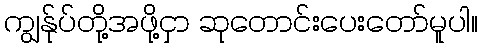
ကျွန်ုပ်တို့အဖို့ငှာ ဆုတောင်းပေးတော်မူပါ။